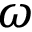
\omega